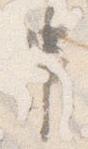
串